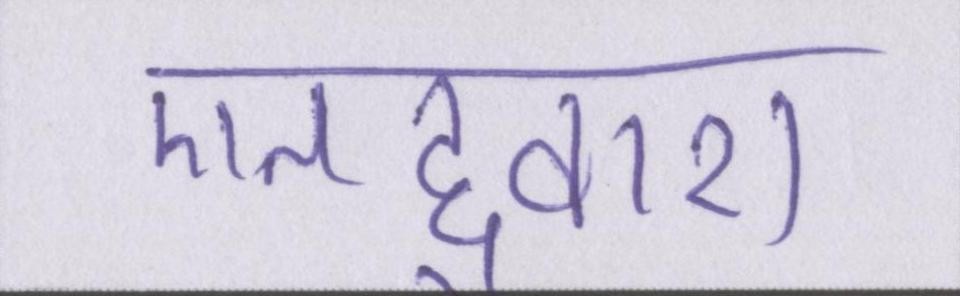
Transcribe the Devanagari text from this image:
एतद्द्वारा